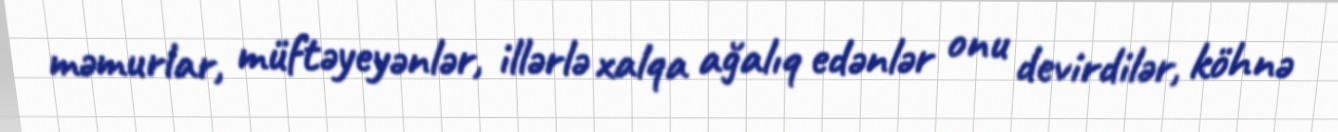
məmurlar, müftəyeyənlər, illərlə xalqa ağalıq edənlər onu devirdilər, köhnə